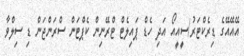
އޭއޭއޭގެ ޑިރެކްޓަރު/ސީއީއޯ އަދި ހެޑް ޕައިލެޓް ޓްރޭނިން ކެޕްޓަން ސްރަންޖަން ޑި ސިލްވާ